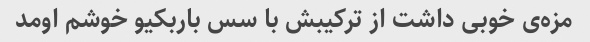
مزه‌ی خوبی داشت از ترکیبش با سس باربکیو خوشم اومد